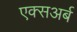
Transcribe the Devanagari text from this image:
एक्सअर्ब